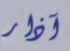
آذار